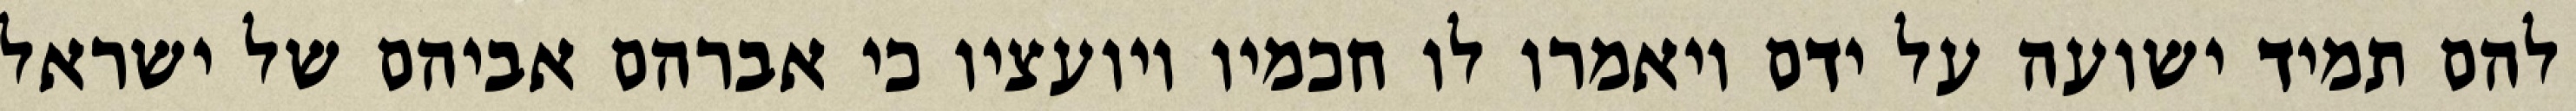
להם תמיד ישועה על ידם ויאמרו לו חכמיו ויועציו כי אברהם אביהם של ישראל